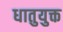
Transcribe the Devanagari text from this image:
धातुयुक्त